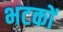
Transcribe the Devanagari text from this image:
भटकों